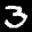
Label: 3